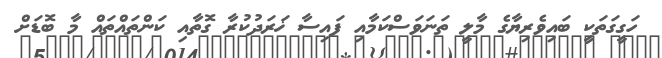
ހަގީގަތަކީ ބައިވެރިޔާގެ މާލީ ތަނަވަސްކަމާއި ފައިސާ ޚަރަދުކުރާ ގޮތާއި ކަންތައްތައް މާ ބޮޑަށް